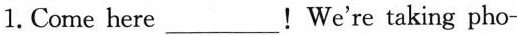
1. Come here___!We're taking pho-